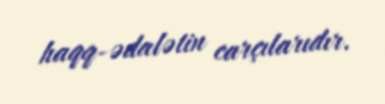
haqq-ədalətin carçılarıdır.